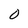
Character: 0